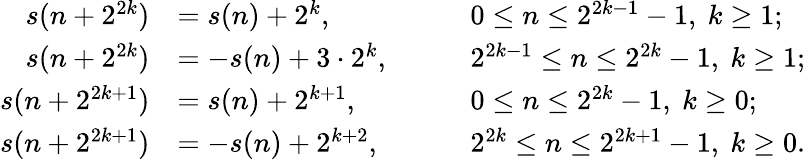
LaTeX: \begin{array}{rlrl}{s(n+2^{2k})}&{=s(n)+2^{k},}&&{\quad 0\leq n\leq 2^{2k-1}-1,\ k\geq 1;}\\ {s(n+2^{2k})}&{=-s(n)+3\cdot 2^{k},}&&{\quad 2^{2k-1}\leq n\leq 2^{2k}-1,\ k\geq 1;}\\ {s(n+2^{2k+1})}&{=s(n)+2^{k+1},}&&{\quad 0\leq n\leq 2^{2k}-1,\ k\geq 0;}\\ {s(n+2^{2k+1})}&{=-s(n)+2^{k+2},}&&{\quad 2^{2k}\leq n\leq 2^{2k+1}-1,\ k\geq 0.}\end{array}